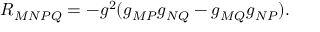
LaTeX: R _ { M N P Q } = - g ^ { 2 } ( g _ { M P } g _ { N Q } - g _ { M Q } g _ { N P } ) .